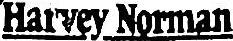
HARVEY NORMAN